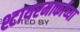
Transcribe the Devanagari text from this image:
श्टायरमार्काच्या